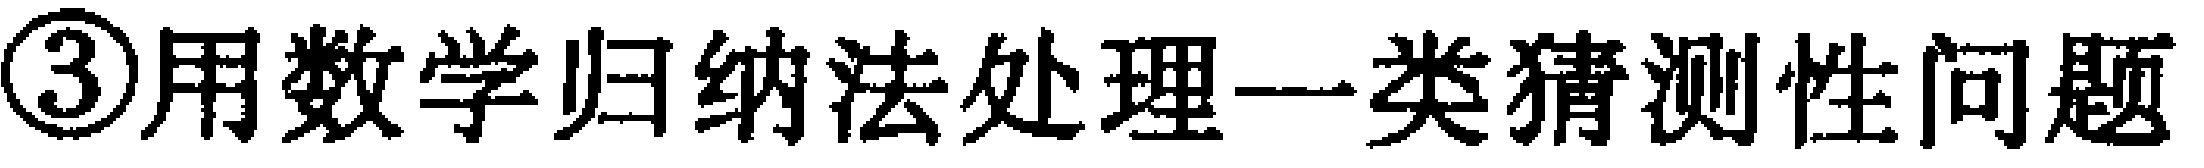
\textcircled{3}用数学归纳法处理一类猜测性问题